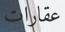
عقارات